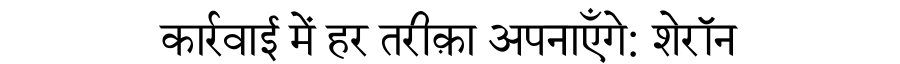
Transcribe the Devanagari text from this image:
कार्रवाई में हर तरीक़ा अपनाएँगे: शेरॉन